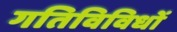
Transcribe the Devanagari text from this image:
गतिविविधों